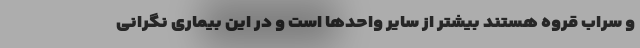
و سراب قروه هستند بیشتر از سایر واحدها است و در این بیماری نگرانی